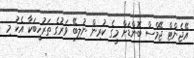
އޭޖެންޓް ޖޭމްސް ބޮންޑަށް މީގެ ކުރިން ނުލިބޭ ވަރުގެ ތަރުހީބަކާ އެކު މި